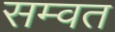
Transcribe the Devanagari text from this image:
सम्‍वत